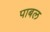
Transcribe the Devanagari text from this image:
पाबल